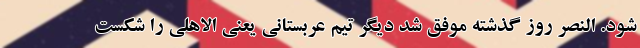
شود. النصر روز گذشته موفق شد دیگر تیم عربستانی یعنی الاهلی را شکست